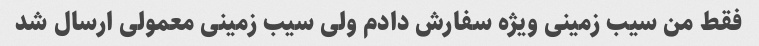
فقط من سیب زمینی ویژه سفارش دادم ولی سیب زمینی معمولی ارسال شد